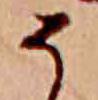
そ